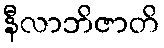
နီလာဘိဇာတိ